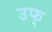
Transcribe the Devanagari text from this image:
उफ्‌